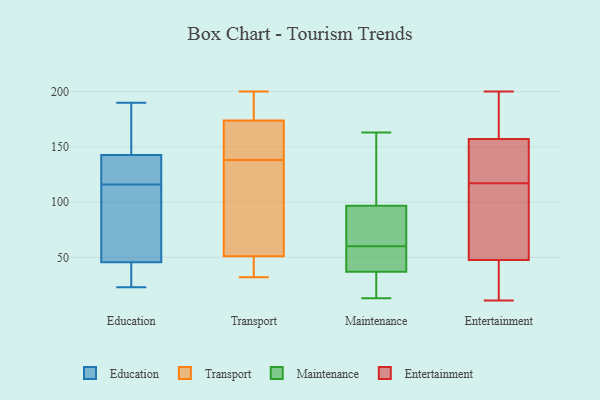
{"axis": {"x": "LTV (USD)", "y": "Value"}, "legend": ["Education", "Entertainment", "Maintenance", "Transport"], "data": [{"x": "", "y": 127, "type": "Education"}, {"x": "", "y": 158, "type": "Education"}, {"x": "", "y": 116, "type": "Education"}, {"x": "", "y": 190, "type": "Education"}, {"x": "", "y": 30, "type": "Education"}, {"x": "", "y": 74, "type": "Education"}, {"x": "", "y": 141, "type": "Education"}, {"x": "", "y": 143, "type": "Education"}, {"x": "", "y": 36, "type": "Education"}, {"x": "", "y": 23, "type": "Education"}, {"x": "", "y": 100, "type": "Education"}, {"x": "", "y": 138, "type": "Transport"}, {"x": "", "y": 84, "type": "Transport"}, {"x": "", "y": 32, "type": "Transport"}, {"x": "", "y": 40, "type": "Transport"}, {"x": "", "y": 194, "type": "Transport"}, {"x": "", "y": 141, "type": "Transport"}, {"x": "", "y": 158, "type": "Transport"}, {"x": "", "y": 183, "type": "Transport"}, {"x": "", "y": 111, "type": "Transport"}, {"x": "", "y": 38, "type": "Transport"}, {"x": "", "y": 87, "type": "Transport"}, {"x": "", "y": 39, "type": "Transport"}, {"x": "", "y": 200, "type": "Transport"}, {"x": "", "y": 173, "type": "Transport"}, {"x": "", "y": 174, "type": "Transport"}, {"x": "", "y": 55, "type": "Maintenance"}, {"x": "", "y": 63, "type": "Maintenance"}, {"x": "", "y": 89, "type": "Maintenance"}, {"x": "", "y": 163, "type": "Maintenance"}, {"x": "", "y": 53, "type": "Maintenance"}, {"x": "", "y": 76, "type": "Maintenance"}, {"x": "", "y": 37, "type": "Maintenance"}, {"x": "", "y": 60, "type": "Maintenance"}, {"x": "", "y": 72, "type": "Maintenance"}, {"x": "", "y": 144, "type": "Maintenance"}, {"x": "", "y": 120, "type": "Maintenance"}, {"x": "", "y": 15, "type": "Maintenance"}, {"x": "", "y": 27, "type": "Maintenance"}, {"x": "", "y": 37, "type": "Maintenance"}, {"x": "", "y": 132, "type": "Maintenance"}, {"x": "", "y": 59, "type": "Maintenance"}, {"x": "", "y": 13, "type": "Maintenance"}, {"x": "", "y": 35, "type": "Entertainment"}, {"x": "", "y": 46, "type": "Entertainment"}, {"x": "", "y": 76, "type": "Entertainment"}, {"x": "", "y": 139, "type": "Entertainment"}, {"x": "", "y": 200, "type": "Entertainment"}, {"x": "", "y": 91, "type": "Entertainment"}, {"x": "", "y": 36, "type": "Entertainment"}, {"x": "", "y": 186, "type": "Entertainment"}, {"x": "", "y": 56, "type": "Entertainment"}, {"x": "", "y": 21, "type": "Entertainment"}, {"x": "", "y": 11, "type": "Entertainment"}, {"x": "", "y": 119, "type": "Entertainment"}, {"x": "", "y": 128, "type": "Entertainment"}, {"x": "", "y": 117, "type": "Entertainment"}, {"x": "", "y": 52, "type": "Entertainment"}, {"x": "", "y": 179, "type": "Entertainment"}, {"x": "", "y": 193, "type": "Entertainment"}, {"x": "", "y": 123, "type": "Entertainment"}, {"x": "", "y": 163, "type": "Entertainment"}]}